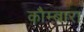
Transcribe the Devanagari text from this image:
कौम्बारा